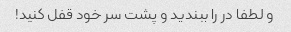
و لطفا در را ببندید و پشت سر خود قفل کنید!